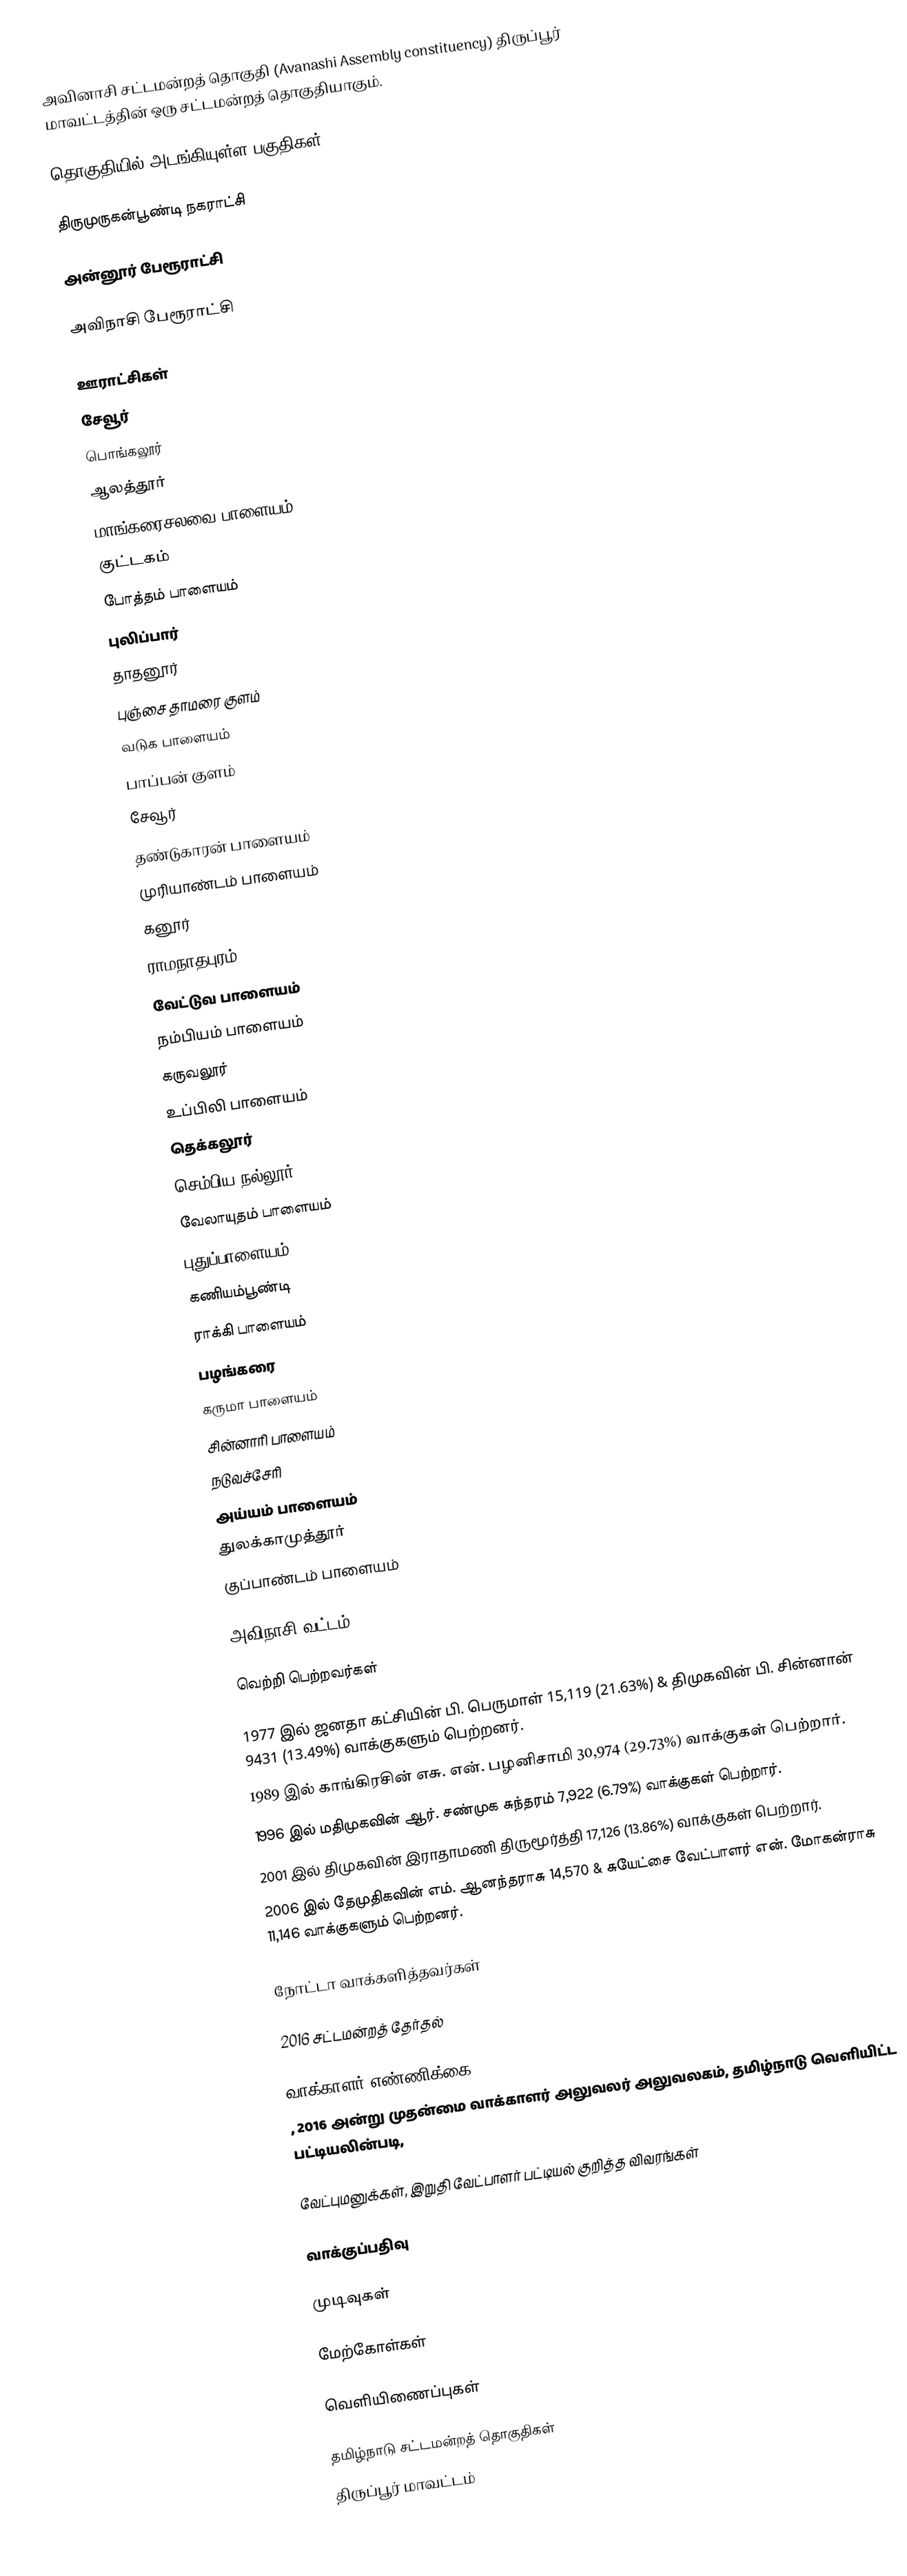
அவினாசி சட்டமன்றத் தொகுதி (Avanashi Assembly constituency) திருப்பூர் மாவட்டத்தின் ஒரு சட்டமன்றத் தொகுதியாகும்.

தொகுதியில் அடங்கியுள்ள பகுதிகள்

திருமுருகன்பூண்டி நகராட்சி

அன்னூர் பேரூராட்சி

அவிநாசி பேரூராட்சி

ஊராட்சிகள்
சேவூர்
பொங்கலூர்
ஆலத்தூர்
மாங்கரைசலவை பாளையம்
குட்டகம்
போத்தம் பாளையம்
புலிப்பார்
தாதனூர்
புஞ்சை தாமரை குளம்
வடுக பாளையம்
பாப்பன் குளம்
சேவூர்
தண்டுகாரன் பாளையம்
முரியாண்டம் பாளையம்
கனூர்
ராமநாதபுரம்
வேட்டுவ பாளையம்
நம்பியம் பாளையம்
கருவலூர்
உப்பிலி பாளையம்
தெக்கலூர்
செம்பிய நல்லூர்
வேலாயுதம் பாளையம்
புதுப்பாளையம்
கணியம்பூண்டி
ராக்கி பாளையம்
பழங்கரை
கருமா பாளையம்
சின்னாரி பாளையம்
நடுவச்சேரி
அய்யம் பாளையம்
துலக்காமுத்தூர்
குப்பாண்டம் பாளையம்

அவிநாசி வட்டம்.Cheyur

வெற்றி பெற்றவர்கள்

1977 இல் ஜனதா கட்சியின் பி. பெருமாள் 15,119 (21.63%) & திமுகவின் பி. சின்னான் 9431 (13.49%) வாக்குகளும் பெற்றனர்.
1989 இல் காங்கிரசின் எசு. என். பழனிசாமி 30,974 (29.73%) வாக்குகள் பெற்றார்.
1996 இல் மதிமுகவின் ஆர். சண்முக சுந்தரம் 7,922 (6.79%) வாக்குகள் பெற்றார்.
2001 இல் திமுகவின் இராதாமணி திருமூர்த்தி 17,126 (13.86%) வாக்குகள் பெற்றார்.
2006 இல் தேமுதிகவின் எம். ஆனந்தராசு 14,570 & சுயேட்சை வேட்பாளர் என். மோகன்ராசு 11,146 வாக்குகளும் பெற்றனர்.

நோட்டா வாக்களித்தவர்கள்

2016 சட்டமன்றத் தேர்தல்

வாக்காளர் எண்ணிக்கை
, 2016 அன்று முதன்மை வாக்காளர் அலுவலர் அலுவலகம், தமிழ்நாடு வெளியிட்ட பட்டியலின்படி,

வேட்புமனுக்கள், இறுதி வேட்பாளர் பட்டியல் குறித்த விவரங்கள்

வாக்குப்பதிவு

முடிவுகள்

மேற்கோள்கள்

வெளியிணைப்புகள்

தமிழ்நாடு சட்டமன்றத் தொகுதிகள்
திருப்பூர் மாவட்டம்